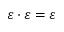
\varepsilon \cdot \varepsilon = \varepsilon